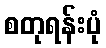
စတုရန်းပုံ